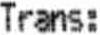
TRANS: